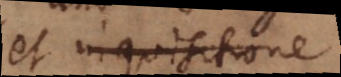
et inquisitione